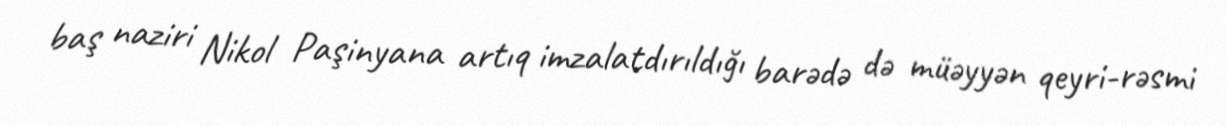
baş naziri Nikol Paşinyana artıq imzalatdırıldığı barədə də müəyyən qeyri-rəsmi